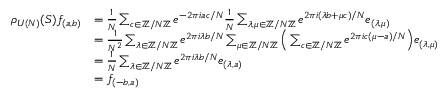
\begin{array} { r l } { \rho _ { U ( N ) } ( S ) \mathfrak { f } _ { ( a , b ) } } & { = \frac { 1 } { N } \sum _ { c \in \mathbb { Z } / N \mathbb { Z } } e ^ { - 2 \pi i a c / N } \frac { 1 } { N } \sum _ { \lambda , \mu \in \mathbb { Z } / N \mathbb { Z } } e ^ { 2 \pi i ( \lambda b + \mu c ) / N } \mathfrak { e } _ { ( \lambda , \mu ) } } \\ & { = \frac { 1 } { N ^ { 2 } } \sum _ { \lambda \in \mathbb { Z } / N \mathbb { Z } } e ^ { 2 \pi i \lambda b / N } \sum _ { \mu \in \mathbb { Z } / N \mathbb { Z } } \Big ( \sum _ { c \in \mathbb { Z } / N \mathbb { Z } } e ^ { 2 \pi i c ( \mu - a ) / N } \Big ) \mathfrak { e } _ { ( \lambda , \mu ) } } \\ & { = \frac { 1 } { N } \sum _ { \lambda \in \mathbb { Z } / N \mathbb { Z } } e ^ { 2 \pi i \lambda b / N } \mathfrak { e } _ { ( \lambda , a ) } } \\ & { = \mathfrak { f } _ { ( - b , a ) } } \end{array}